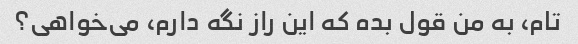
تام، به من قول بده که این راز نگه دارم، می‌خواهی؟